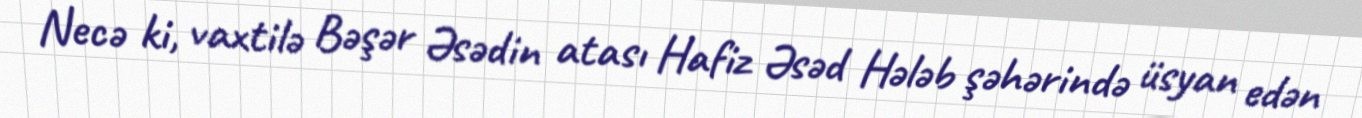
Necə ki, vaxtilə Bəşər Əsədin atası Hafiz Əsəd Hələb şəhərində üsyan edən